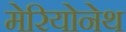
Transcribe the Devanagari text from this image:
मेरियोनेथ